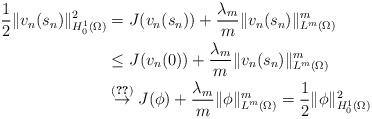
LaTeX: \begin{align*} \dfrac 1 2 \|v_n(s_n)\|_{H^1_0(\Omega)}^2 &= J(v_n(s_n)) + \dfrac {\lambda_m} m \|v_n(s_n)\|_{L^m(\Omega)}^m\\ &\leq J(v_n(0)) + \dfrac {\lambda_m} m \|v_n(s_n)\|_{L^m(\Omega)}^m\\ &\stackrel{\eqref{c:vn:Lm}}{\to} J(\phi) + \dfrac {\lambda_m} m \|\phi\|_{L^m(\Omega)}^m = \dfrac 1 2 \|\phi\|_{H^1_0(\Omega)}^2\end{align*}